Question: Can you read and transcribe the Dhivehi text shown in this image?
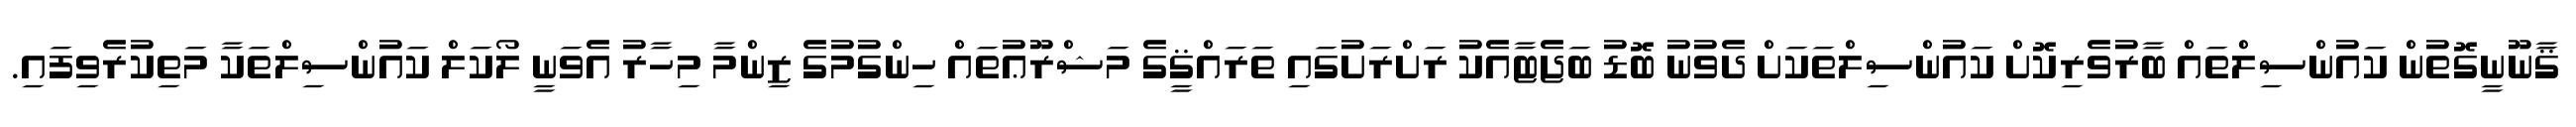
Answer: ޤާނޫނީގޮތުން ކައުންސިލްތައް ބާރުވެރިކޮށް ކައުންސިލްތަކަށް ދެވުނު ބޮޑު ބަޖެޓާއެކު ރަށްރަށުގައި ތަރައްޤީގެ މަޝްރޫޢުތައް ހިންގުމުގެ ޒިންމާ މިހާރު އެވަނީ ލޯކަލް ކައުންސިލްތަކާ މަތިކުރެވިފައި.